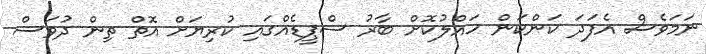
ނަމަވެސް އެފަދަ ކަންކަން ހައްލުކޮށް ބާރު ސްޕީޑެއްގައި ކުރިޔަށް އޮތް ތިން ދުވަސް